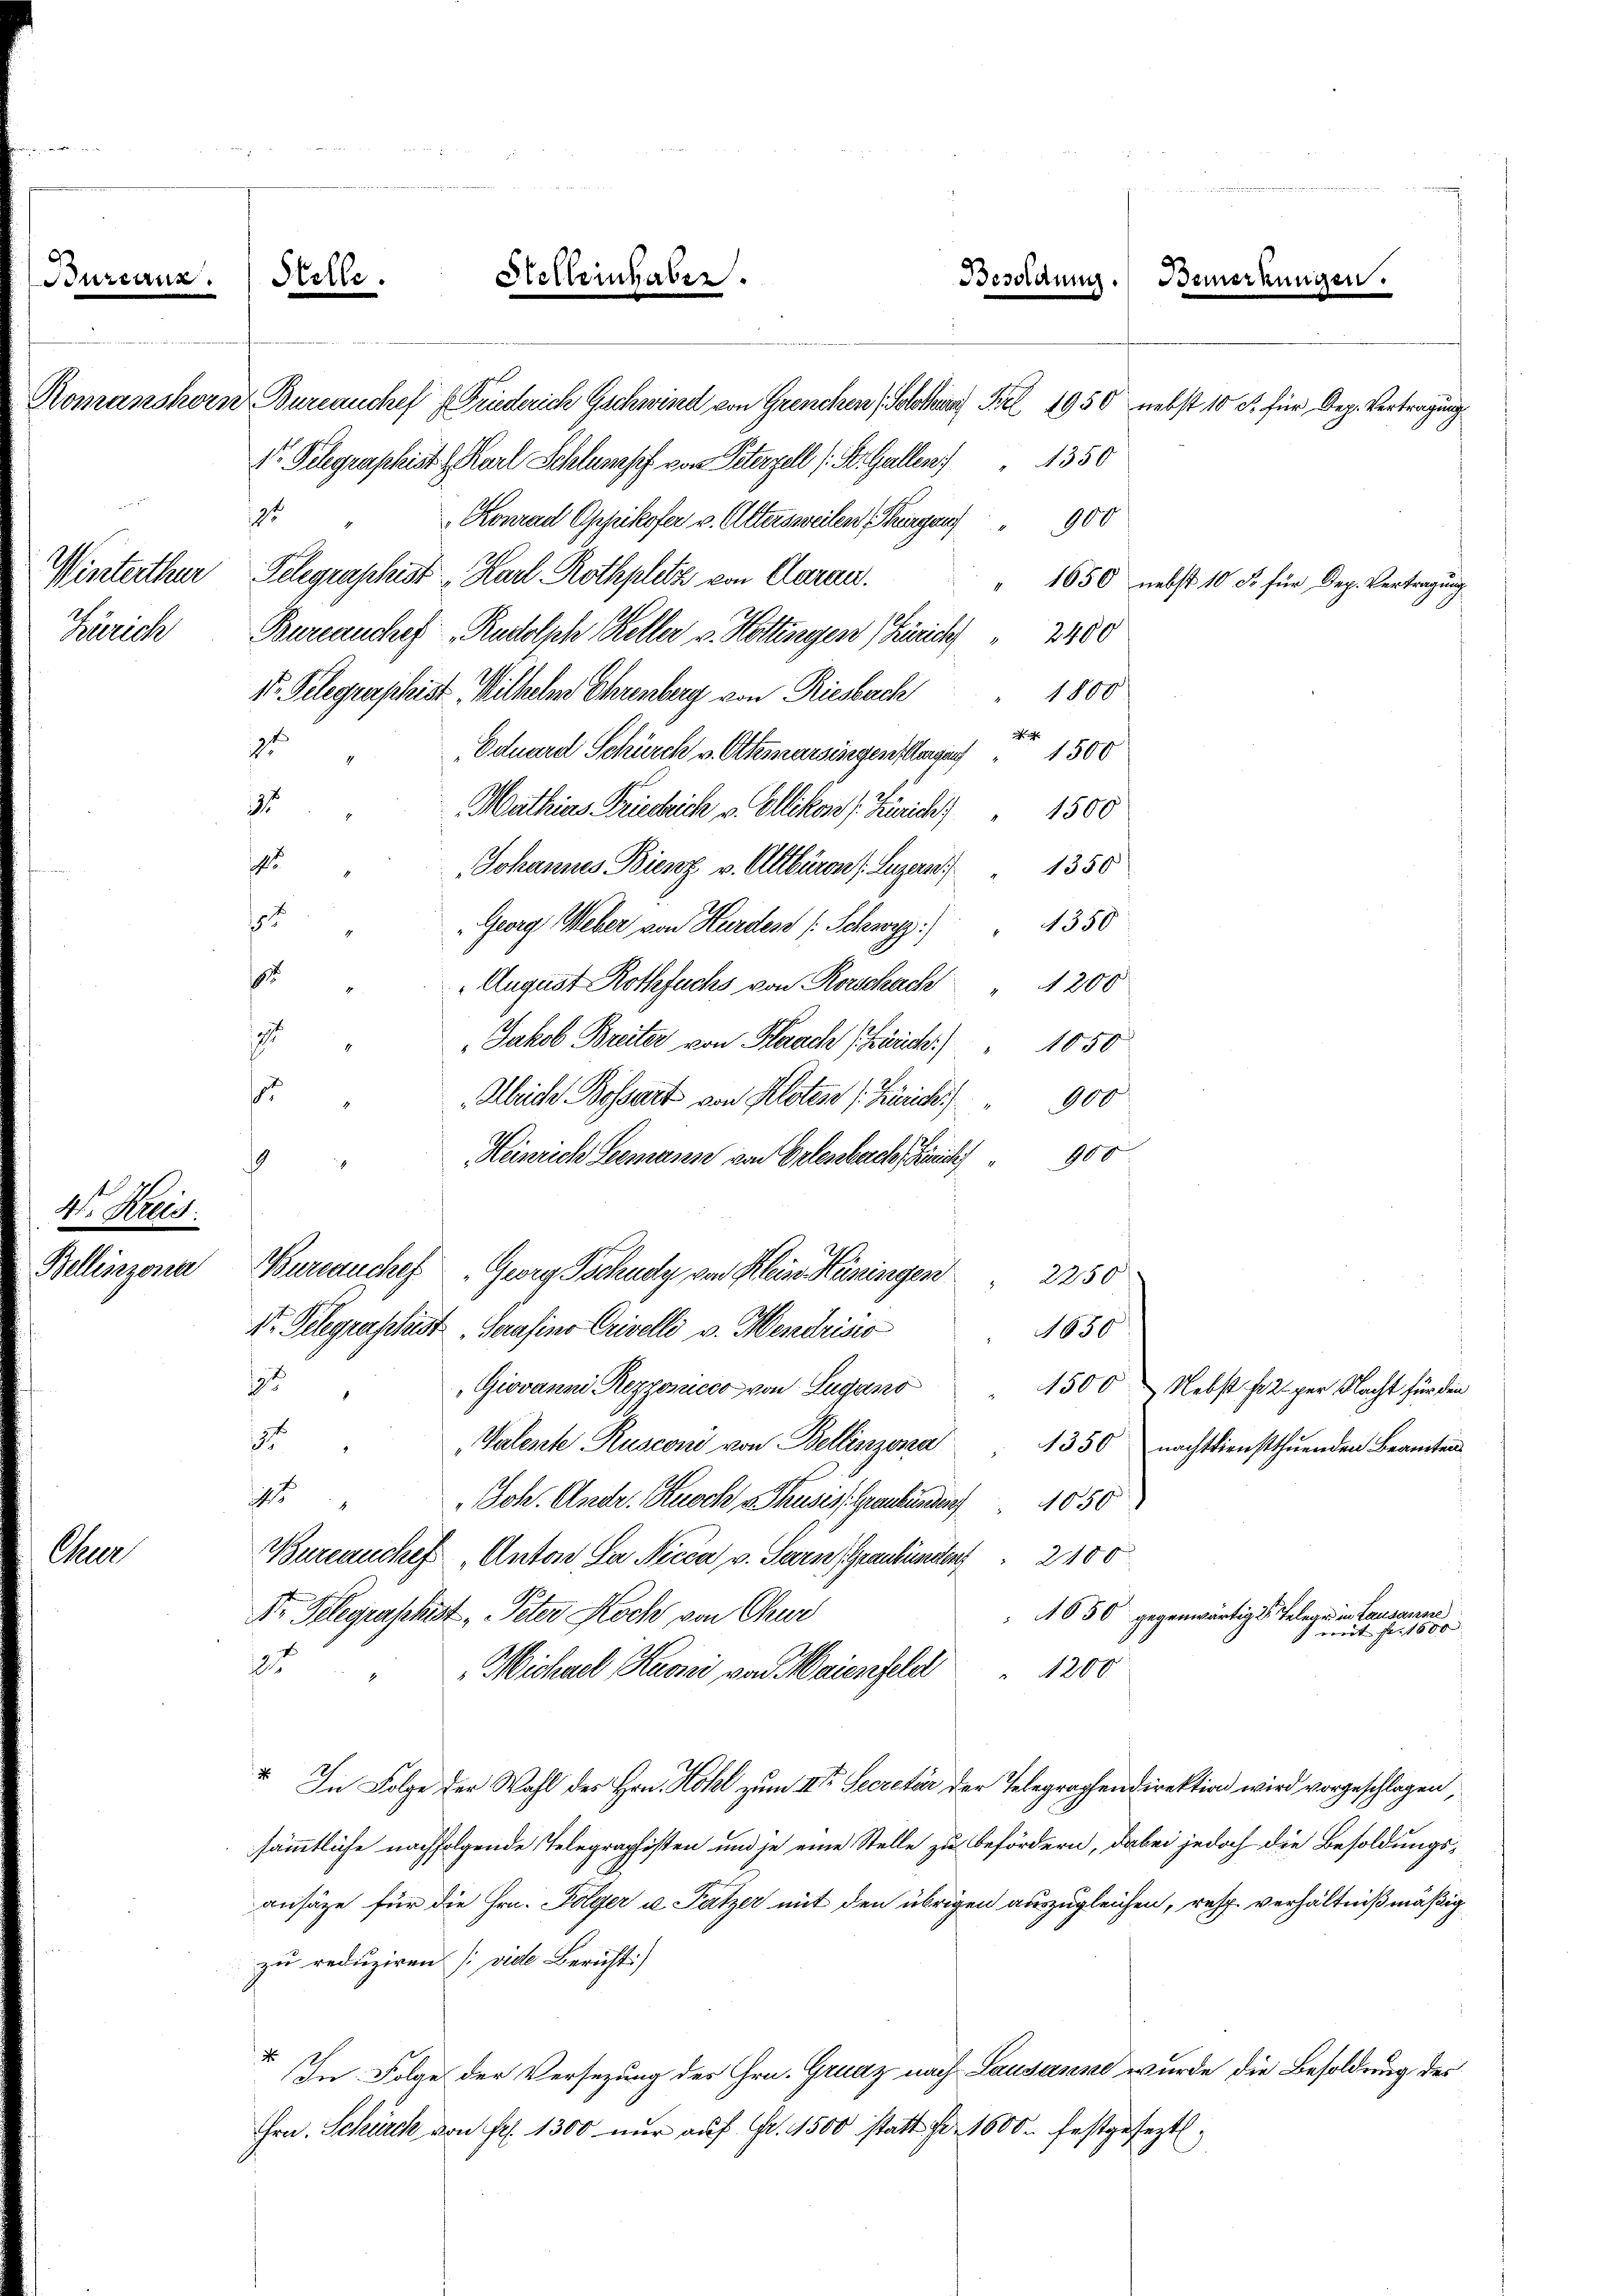
Bureaux.

Cur

1
. Prof.
Zellinzona

Stelle.

1

Komanshorn Bureauchef Friederich Gschwind von Grenchen Solothurn Fiel 1950 nebst 10 R. für Dep. Vertragung
Dr. Gelegraphist & Karl Schlumpf von Peterzell (St. Gallen " 1350
Konrad Oppikofer v. Altersweilen (Thurgau " 900
Winterthur Gelegraphist Karl Rothplatz von Garan.
Zürich Bureau chef Rudolph Heller v. Hottingen (Zürich) " 2400
I. Gelegraphist. Wilhelm Ehrenberg von Riesbach
21
Eduard Schürch v. Otterarsingen sorgen 1500
75
Mathias Friedrich v. Ellikon f. Zürich   1500
5
Johannes Bierz v. Allbürens. Luzern 1350
7
Georg Weber von Harden (Schwyz.) " 4350
8
August Rothfuchs von Rorschach " 1200
s
Jakob Breiter von Herach (Zürich.) " 1050
.
Abreiche Bossart von Kloten /: Zürich 900
Heinrich Seemann von Erlenbach Zürich 900
1t. Telegraschst Serasino Crivelli v. Mendrisio
1650
192
Giovanni Rezzonicco von Lugano 1500 Nebst pr 2 per Nacht für den
1
Valente Rusconi von Bellinzona 1350 nachtdienstthuenden Beamten
4 " " Joh. Andr. Knoch Thusis. Graubünden 1050
Bureauches Anton a Nicca v. Sarn, Graubünden 2100
1050 gegenwärtige Telege in Lausanne
Nr Belegraschest, Peter Koch von Gru
Gemeinen eine er sei es sie er
5
Michael Kuoni von Maienfeld 1200
“ In Folge der Wahl des Hrn. Hohl zum IIter Secretär der Telegraphendirektion wird vorgeschlagen,
sämmtliche nachfolgende Telegraphisten und je eine Stelle zu Befördern, dabei jedoch die Besoldungsansäze für die Hrn. Folger u Patzer mit den übrigen auszugleichen, resp. verhältnißmäßig
zu reduziren [vide Bericht)
In Folge der Versezung des Hrn. Grudz nach Lausanne wurde die Besoldung des
Hrn. Schürck von Fr. 1300 nur auf Fr. 1500 statt f. 1600. festgesezt.

Stelleinhaber

Bureauchef Georg Tschudy von Kleine Hüningen 2250

Besoldung. Bemerkungen.

1800

" 1650 nebst 10 Fr. für Dep. Vertragung